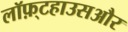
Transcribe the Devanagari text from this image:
लॉफ़्टहाउसऔर